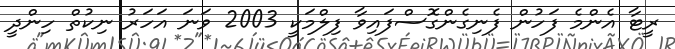
ރީޓާާ އެންމެ ފަހުން ފެނިގެންގޮސްފައިވާ ފިލްމަކީ 2003 ވަނަ އަހަރު ނިކުތް ހިންދީ